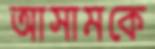
আসামকে